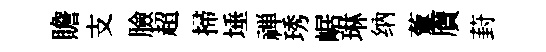
贍支臉超掃埵禅琇崌琳纳藑贋葑